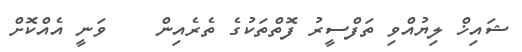
ޝައިޚް ލިޔުއްވި ތަފްސީރު ފޮތްތަކުގެ ތެރެއިން    ވަނީ އެއްކޮށް